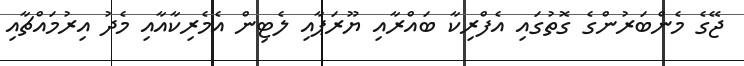
ޖޭގެ މެންބަރުންގެ ގޮތުގައި އެފްރިކާ ބައްރާއި ޔޫރަޕާއި ލެޓިން އެމެރިކާއާއި މެދު އިރުމައްޗާއި